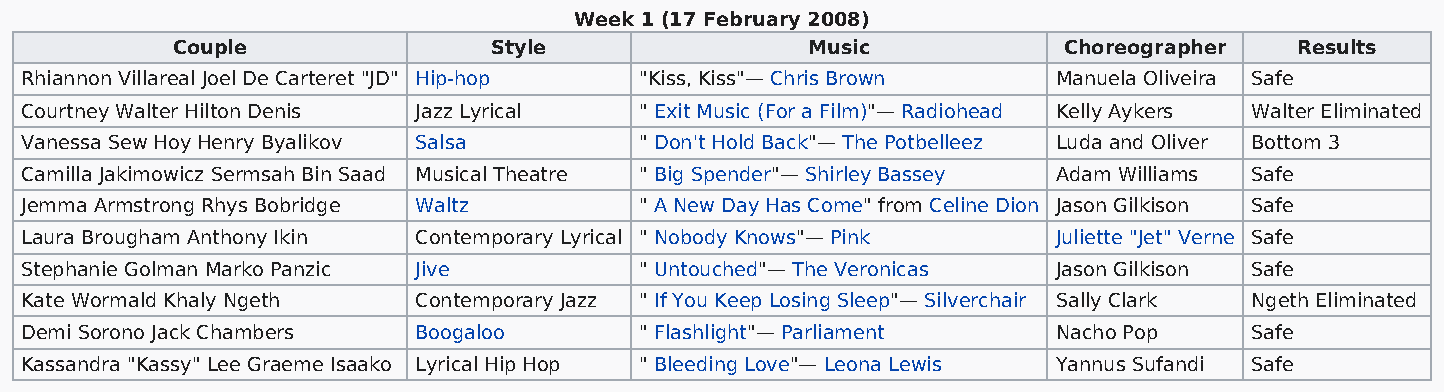
Week 1 (17 February 2008)
 Couple                Style               Music            Choreographer   Results
 Rhiannon Villareal Joel De Carteret "JD" Hip-hop "Kiss, Kiss"— Chris Brown Manuela Oliveira Safe
 Courtney Walter Hilton Denis Jazz Lyrical " Exit Music (For a Film)"— Radiohead Kelly Aykers Walter Eliminated
 Vanessa Sew Hoy Henry Byalikov Salsa     " Don't Hold Back"— The Potbelleez Luda and Oliver Bottom 3
 Camilla Jakimowicz Sermsah Bin Saad Musical Theatre " Big Spender"— Shirley Bassey Adam Williams Safe
 Jemma Armstrong Rhys Bobridge Waltz      " A New Day Has Come" from Celine Dion Jason Gilkison Safe
 Laura Brougham Anthony Ikin Contemporary Lyrical " Nobody Knows"— Pink Juliette "Jet" Verne Safe
 Stephanie Golman Marko Panzic Jive       " Untouched"— The Veronicas Jason Gilkison Safe
 Kate Wormald Khaly Ngeth  Contemporary Jazz " If You Keep Losing Sleep"— Silverchair Sally Clark Ngeth Eliminated
 Demi Sorono Jack Chambers Boogaloo       " Flashlight"— Parliament   Nacho Pop    Safe
 Kassandra "Kassy" Lee Graeme Isaako Lyrical Hip Hop " Bleeding Love"— Leona Lewis Yannus Sufandi Safe